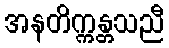
အနတိက္ကန္တသညီ